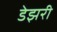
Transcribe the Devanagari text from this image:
डेझरी